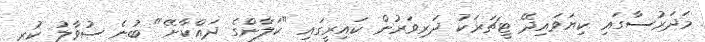
މަދަރުސާގައި ކިޔަވައިދޭ ޓީޗަރަކު ދަރިވަރުން ކައިރީގައި "ކަލާންގެ ދައްކާށޭ" ބުނެ ސުވާލު ކުރި